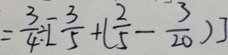
= \frac { 3 } { 4 } \div [ \frac { 3 } { 5 } + ( \frac { 2 } { 5 } - \frac { 3 } { 2 0 } ) ]